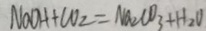
N a O H + C O _ { 2 } = N a _ { 2 } C O _ { 3 } + H _ { 2 } O